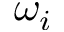
\omega _ { i }